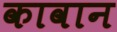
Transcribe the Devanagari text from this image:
कावान